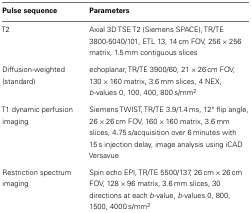
<table><thead><tr><td><b>Pulse sequence</b></td><td><b>Parameters</b></td></tr></thead><tbody><tr><td>T2</td><td>Axial 3D TSE T2 (Siemens SPACE), TR/TE 3800-5040/101, ETL 13, 14 cm FOV, 256 × 256 matrix, 1.5 mm contiguous slices</td></tr><tr><td>Diffusion-weighted (standard)</td><td>echoplanar, TR/TE 3900/60, 21 × 26 cm FOV, 130 × 160 matrix, 3.6 mm slices, 4 NEX, <i>b</i>-values 0, 100, 400, 800 s/mm<sup>2</sup></td></tr><tr><td>T1 dynamic perfusion imaging</td><td>Siemens TWIST, TR/TE 3.9/1.4 ms, 12° flip angle, 26 × 26 cm FOV, 160 × 160 matrix, 3.6 mm slices, 4.75 s/acquisition over 6 minutes with 15 s injection delay, image analysis using iCAD Versavue</td></tr><tr><td>Restriction spectrum imaging</td><td>Spin echo EPI, TR/TE 5500/137, 26 cm × 26 cm FOV, 128 × 96 matrix, 3.6 mm slices, 30 directions at each <i>b</i>-value, <i>b</i>-values 0, 800, 1500, 4000 s/mm<sup>2</sup></td></tr></tbody></table>